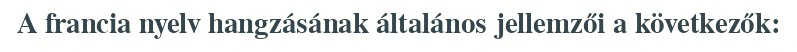
A francia nyelv hangzásának általános jellemzői a következők: